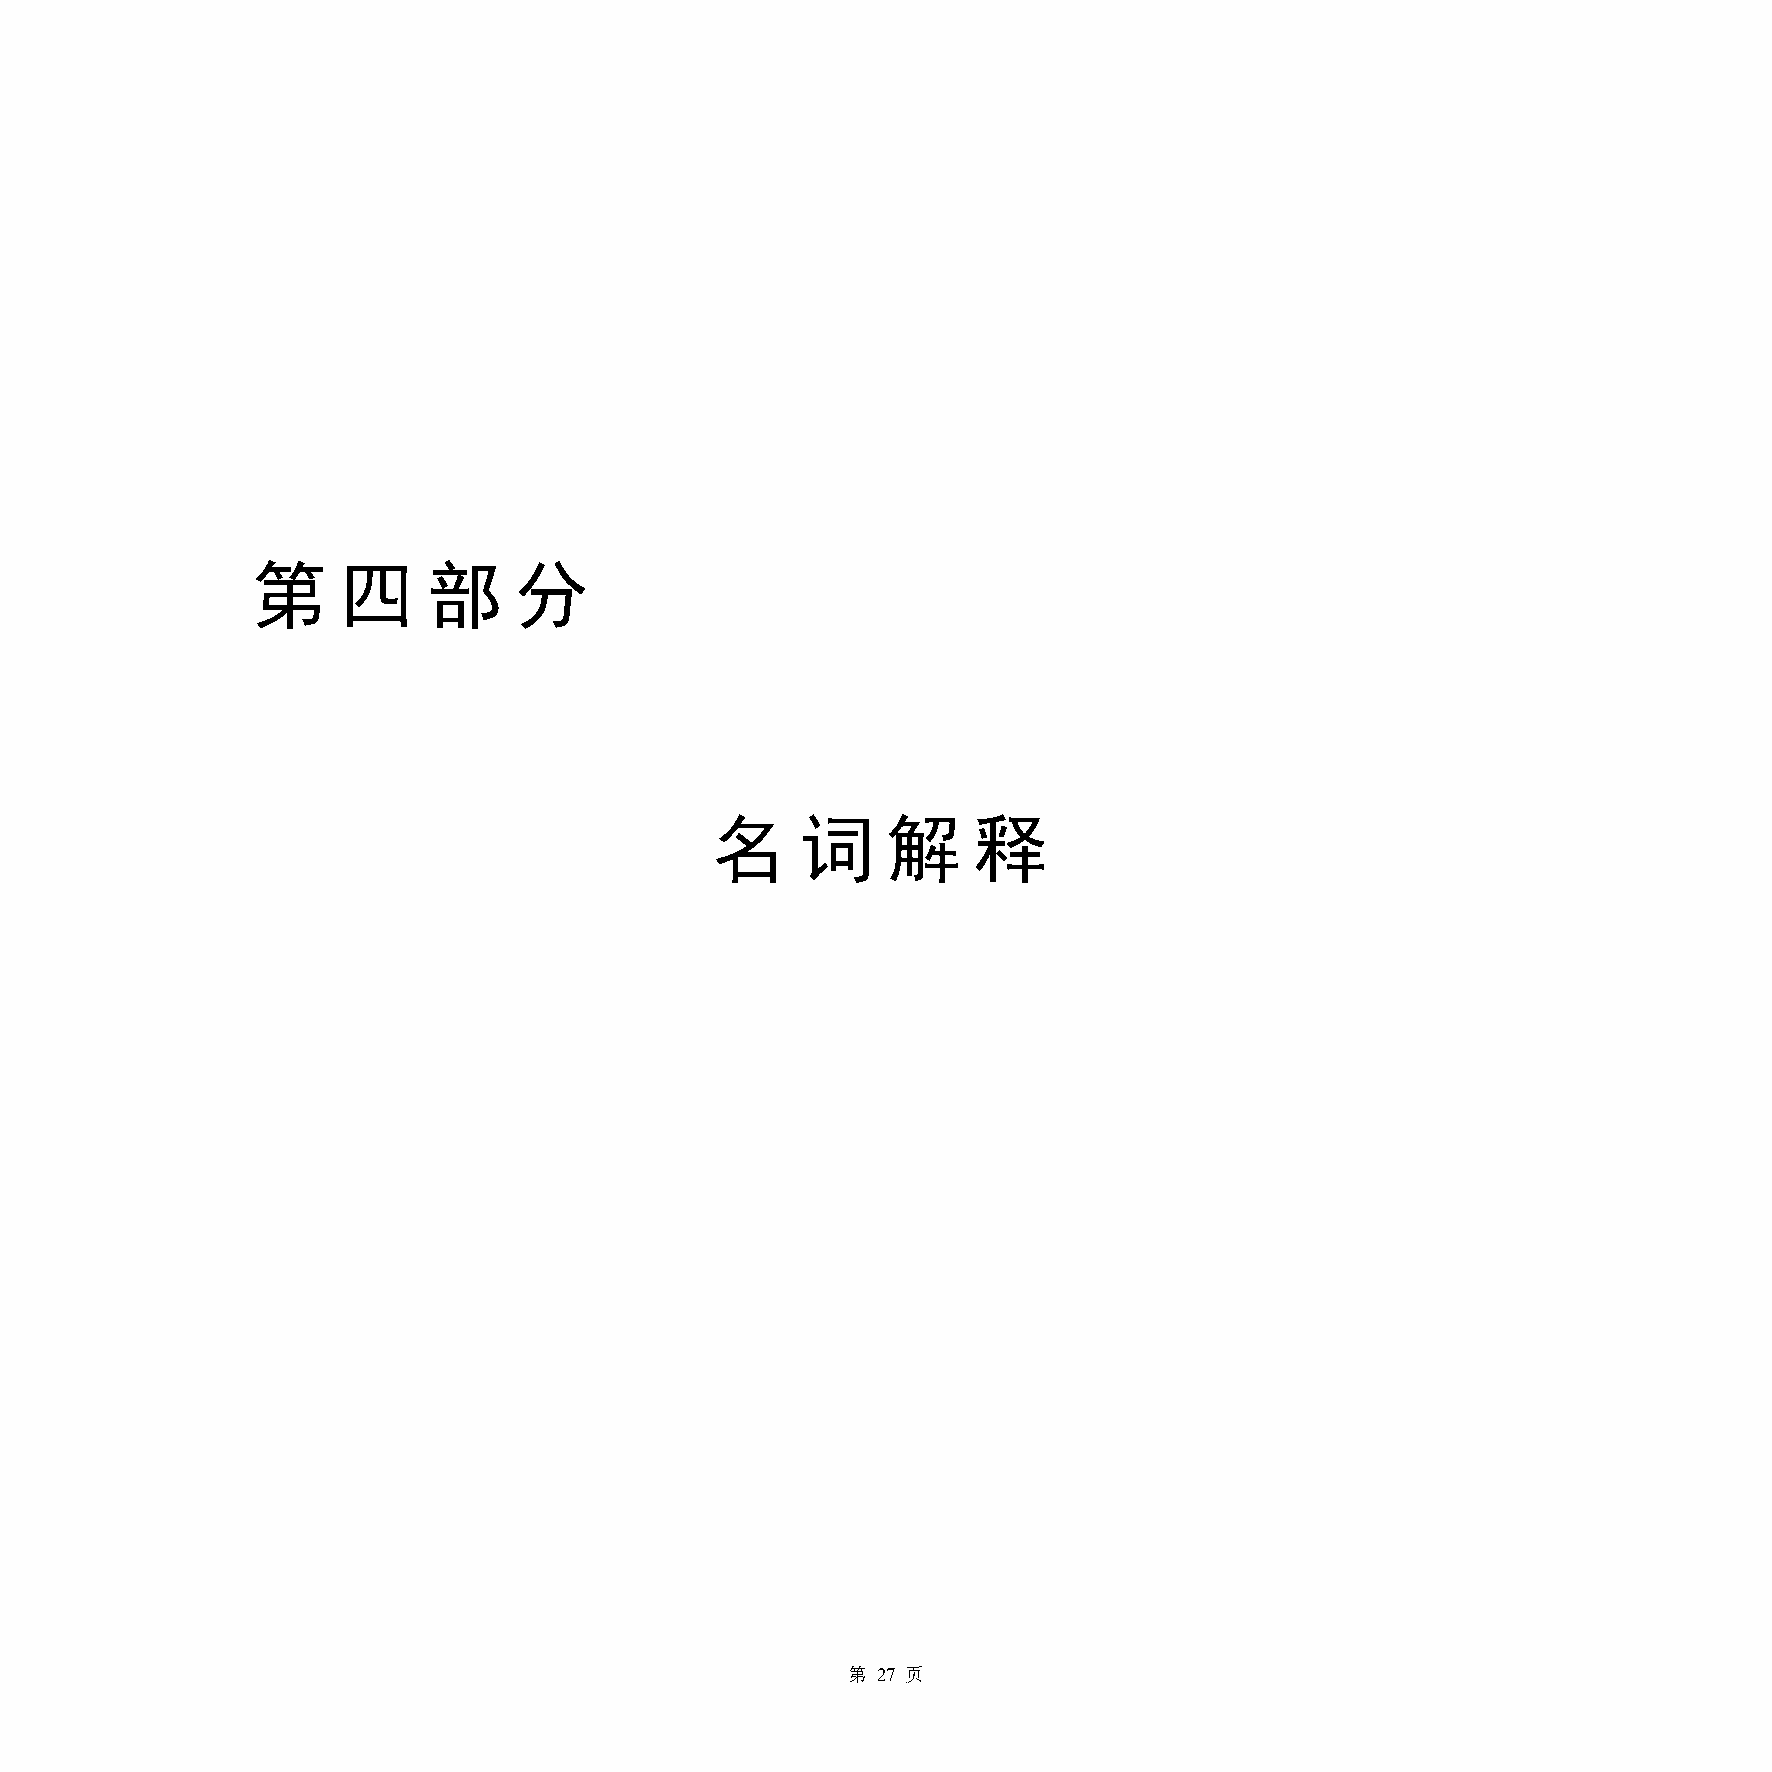
第    四     部     分
 名     词     解    释
 第 27 页